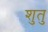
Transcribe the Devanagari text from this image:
शुतु